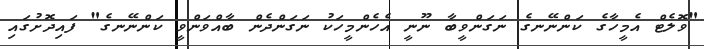
"ވޮލެޓް އެމީހާގެ ކަންނޭނގެ ނަގަންވީބާ ނޫނީ އެހެންމީހަކު ނަގަންދެން ބާއްވަންވީ ކަންނޭނގެ" ފައިދޮށުގައި